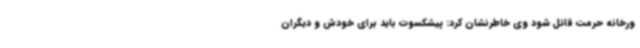
ورخانه حرمت قائل شود وی خاطرنشان کرد: پیشکسوت باید برای خودش و دیگران